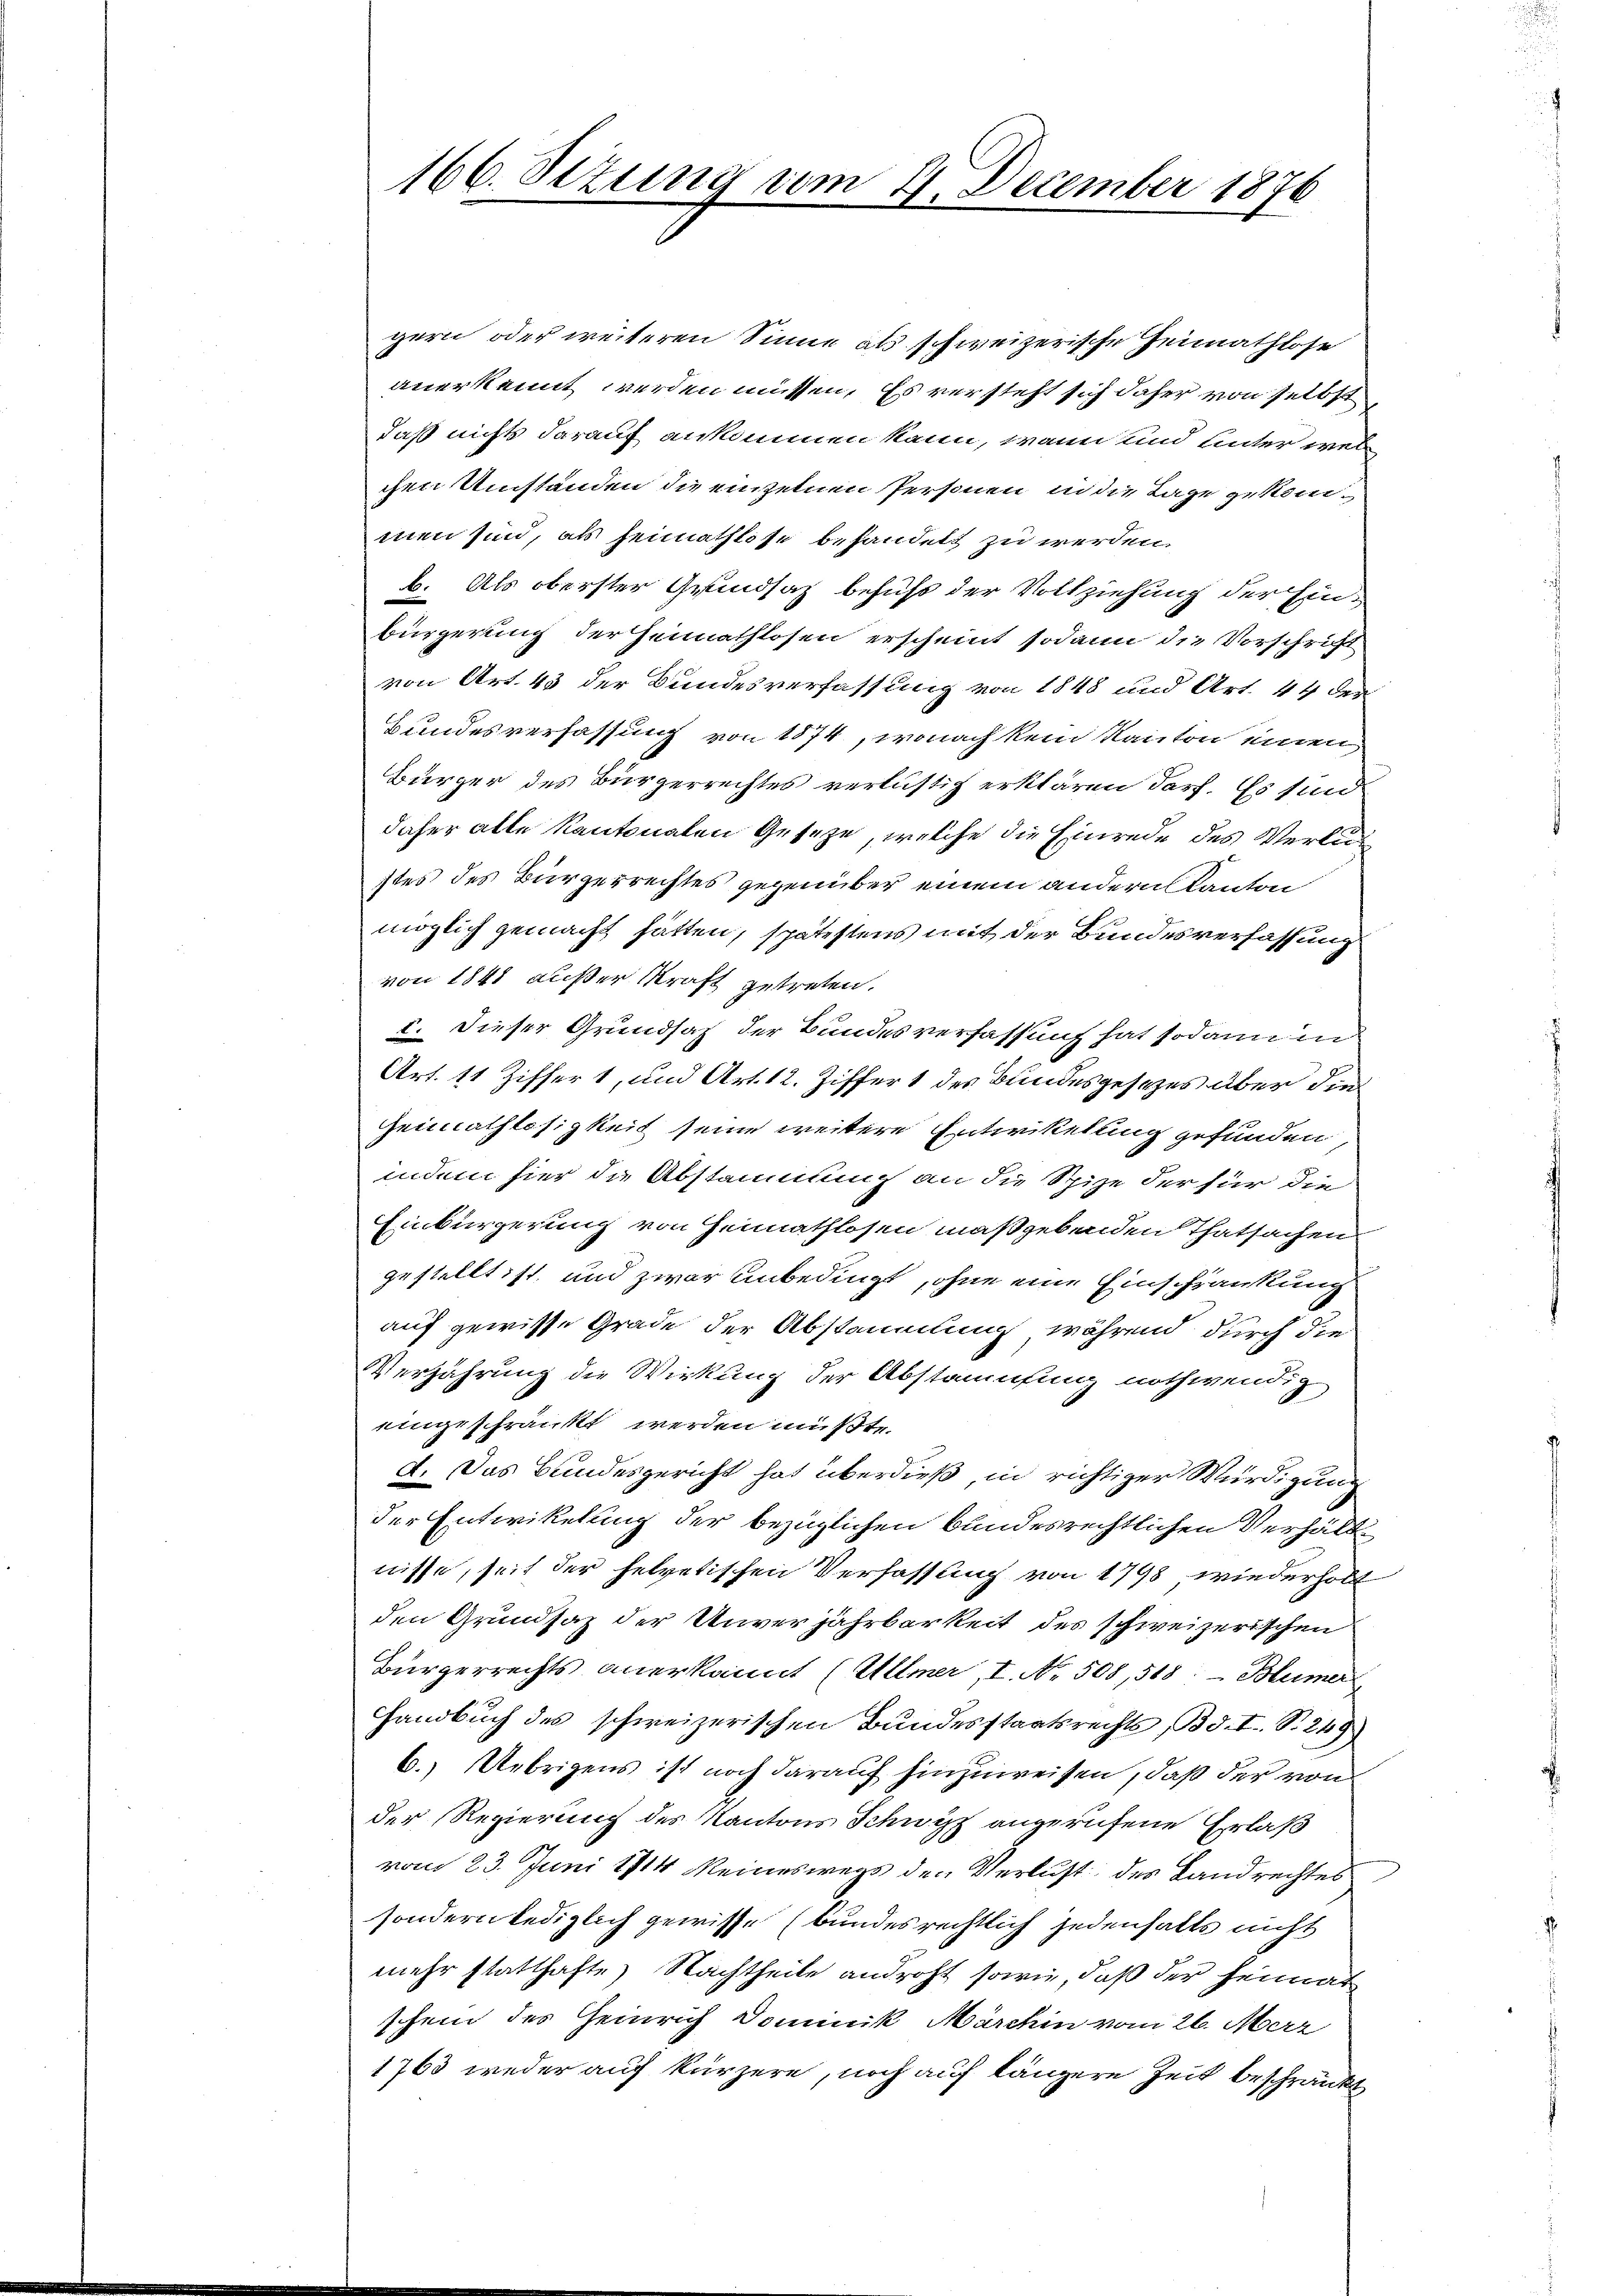
166. Sezung vom 27. December 1876

gern oder weiteren Sinne als schweizerische Heimathlose
anerkennt werden müssen. Es versteht sich daher von selbst
daß nicht darauf ankommen kann, wann und unter welchen Umständen die einzelnen Personen in die Lage gekommen sind, als seimathlise behandelt zu werden.
b. Als oberster Grundsatz behufs der Vollziehung der Einbürgerung der Heimathlosen erscheint sodann die Vorschrift
von Art. 43 der Bundesverfassung von 1848 und Art. 44 der
Bundesverfassung von 1874, wonach kein Kanton einen,
Bürger des Bürgerrechtes verlustig erklären darf. Es sind
daher alle Kantonalen Geseze, welche die Einrede des Verlustes des Bürgerrechtes gegenüber einem andern Kanton
möglich gemacht hätten, spätestens mit der Bundesverfassung
von 1848 außer Kraft getreten.
I. Dieser Grundsaz der Bundesverfassung hat sodann in
Art. 11 Ziffer 1, und Art. 12. Ziffer 1 des Bundesgesezes über die
Heimathlosigkeit seine weitere Entwikelung gefunden,
indem hier die Abstammung an die Spize der für die
Einbürgerung von Heimathlosen maßgebenden Thatsachen
gestellt ist, und zwar unbedingt, ohne eine Einschränkung
auf gewisse Grade der Abstammlung während durch die
Verjährung die Wirkung der Abstamufung nothwendig
eingeschränkt werden müßte.
2. Das Bundesgericht hat überdieß in richtiger Würdigung
der Entwikelung der bezüglichen bundesrechtlichen Verhältnisse, seit der helvetischen Verfassung von 1798, wiederholt
den Grundsaz der Unverjährbarkeit des schweizerischen
Bürgerrechts anerkannt (Ullmer, I. No. 508, 518, Blümer
Handbuch des schweizerischen Bundesstaatsrechts, Bd. I S. 249)
6.) Uebrigens ist noch darauf hinzuweisen, daß der von
der Regierung des Kantons Schwyz angerufene Erlaß
vom 23. Juni 1914 Meineswegs den Verlust des Landrechtes
sondern lediglich gewisse (Bundesrechtlich jedenhalts nicht
mehr statthafte Nachtheile androht sowie, daß der Heimat
schein des Heinrich Dominik Märchen vom 26. Merz
1763 weder auf kürzere, noch auf längere Zeit beschränkt